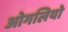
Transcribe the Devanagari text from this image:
ओगलियो